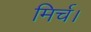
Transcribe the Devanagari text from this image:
मिर्च।